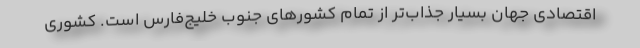
اقتصادی جهان بسیار جذاب‌تر از تمام کشورهای جنوب خلیج‌فارس است. کشوری